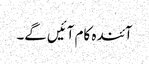
آئندہ کام آئیں گے۔